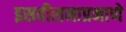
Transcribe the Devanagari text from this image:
इसवीसनाप्रमाणे